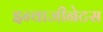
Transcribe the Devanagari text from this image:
इन्वाजीनेटस